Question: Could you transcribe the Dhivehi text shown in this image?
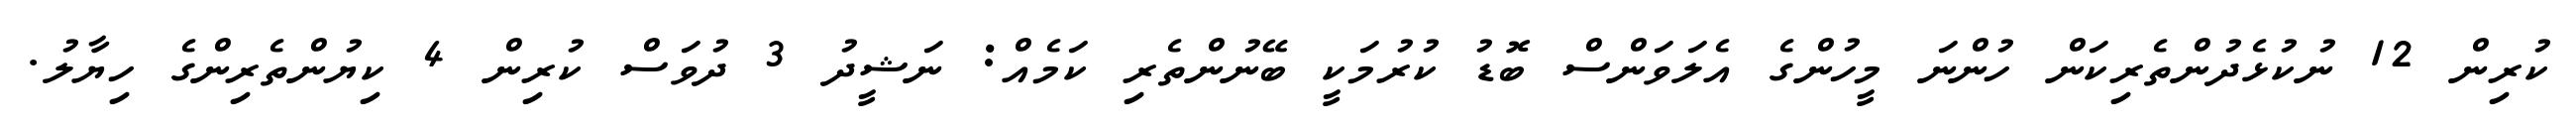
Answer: ކުރިން 12 ނުކުޅެދުންތެރިކަން ހުންނަ މީހުންގެ އެލަވަންސް ބޮޑު ކުރުމަކީ ބޭނުންތެރި ކަމެއް: ނަޝީދު 3 ދުވަސް ކުރިން 4 ކިޔުންތެރިންގެ ހިޔާލު.